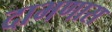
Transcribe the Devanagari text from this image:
दाभणास